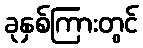
ခုနှစ်ကြားတွင်